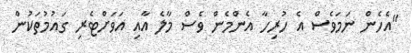
"އެހެން ނަމަވެސް އެ ހުރިހާ އެންމެން ވެސް މާލެ އާއި އަވަށްޓެރި ގައުމުތަކުން